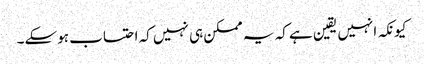
کیونکہ انہیں یقین ہے کہ یہ ممکن ہی نہیں کہ احتساب ہوسکے۔